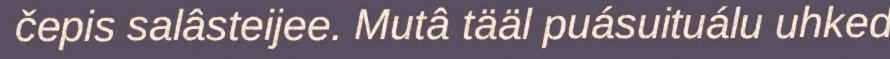
čepis salâsteijee. Mutâ tääl puásuituálu uhked